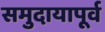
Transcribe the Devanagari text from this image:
समुदायापूर्व